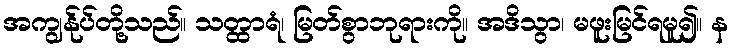
အကျွန်ုပ်တို့သည်။ သတ္ထာရံ၊ မြတ်စွာဘုရားကို။ အဒိသွာ၊ မဖူးမြင်ရမူ၍။ န